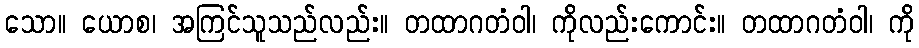
သော။ ယောစ၊ အကြင်သူသည်လည်း။ တထာဂတံဝါ၊ ကိုလည်းကောင်း။ တထာဂတံဝါ၊ ကို